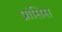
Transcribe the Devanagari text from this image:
प्रांसिस